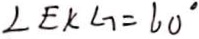
\angle E K \angle 7 = 6 0 ^ { \circ }